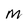
Character: M